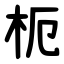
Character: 枙